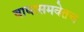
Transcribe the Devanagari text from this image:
वाघासमवेतच